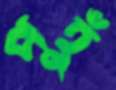
পহুঁ